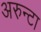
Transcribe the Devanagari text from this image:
अरुन्टा